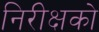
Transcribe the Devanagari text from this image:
निरीक्षको